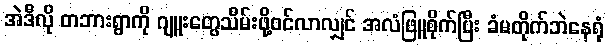
အဲဒီလို တဘားရွာကို ဂျူးတွေသိမ်းဖို့ဝင်လာလျှင် အလံဖြူစိုက်ပြီး ခံမတိုက်ဘဲနေရုံ